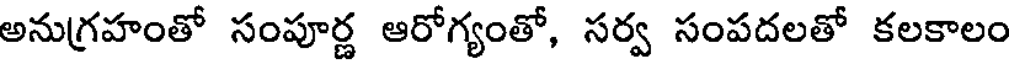
అనుగ్రహంతో సంపూర్ణ ఆరోగ్యంతో, సర్వ సంపదలతో కలకాలం